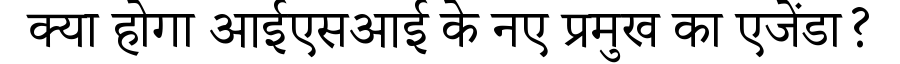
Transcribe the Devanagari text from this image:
क्या होगा आईएसआई के नए प्रमुख का एजेंडा?